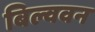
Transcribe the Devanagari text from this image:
बिल्ववन